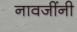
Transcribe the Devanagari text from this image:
नावजींनी